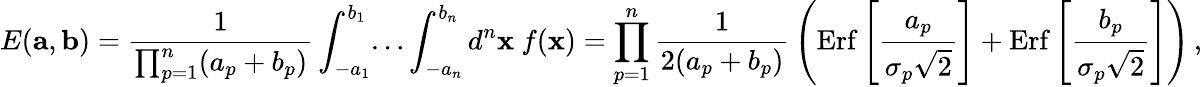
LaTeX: E({\mathbf a},{\mathbf b})={\frac{1}{\prod_{p=1}^{n}(a_{p}+b_{p})}}\int_{-a_{1}}^{b_{1}}\! \dots\int_{-a_{n}}^{b_{n}}d^{n}{\mathbf x}\ f({\mathbf x})=\prod_{p=1}^{n}{\frac{1}{2(a_{p}+b_{p})}}\left(\mathrm{Erf}\left[{\frac{a_{p}}{\sigma_{p}\sqrt 2}}\right]+\mathrm{Erf}\left[{\frac{b_{p}}{\sigma_{p}\sqrt 2}}\right]\right)\, ,